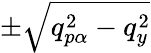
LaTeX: \pm\sqrt{q_{p\alpha}^{2}-q_{y}^{2}}